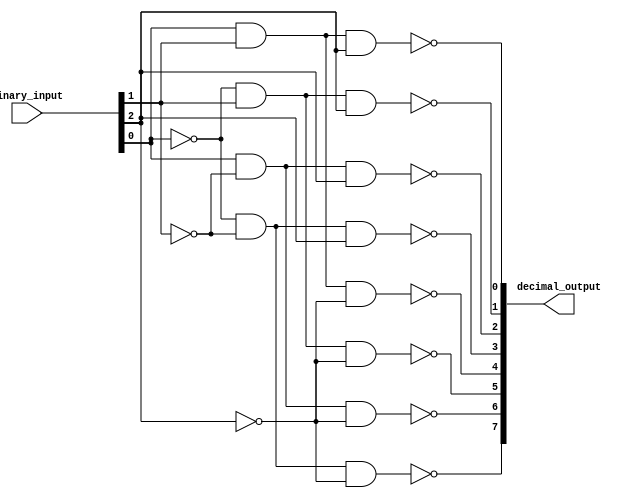
module decimal_decoder(
    input [N-1:0] binary_input,
    output [M-1:0] decimal_output
);

parameter N = 3; // Number of input bits
parameter M = 8; // Number of output bits

assign decimal_output[0] = ~(binary_input[0] & binary_input[1] & binary_input[2]);
assign decimal_output[1] = ~(~binary_input[0] & binary_input[1] & binary_input[2]);
assign decimal_output[2] = ~(binary_input[0] & ~binary_input[1] & binary_input[2]);
assign decimal_output[3] = ~(~binary_input[0] & ~binary_input[1] & binary_input[2]);
assign decimal_output[4] = ~(binary_input[0] & binary_input[1] & ~binary_input[2]);
assign decimal_output[5] = ~(~binary_input[0] & binary_input[1] & ~binary_input[2]);
assign decimal_output[6] = ~(binary_input[0] & ~binary_input[1] & ~binary_input[2]);
assign decimal_output[7] = ~(~binary_input[0] & ~binary_input[1] & ~binary_input[2]);

endmodule